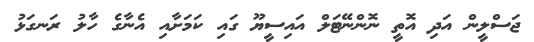
ޖަސްލީން އަދި އޮތީ ނޮންނޭޓަލް އައިސީޔޫ ގައި ކަމަށާއި އެނާގެ ހާލު ރަނގަޅު